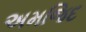
અમજિદ